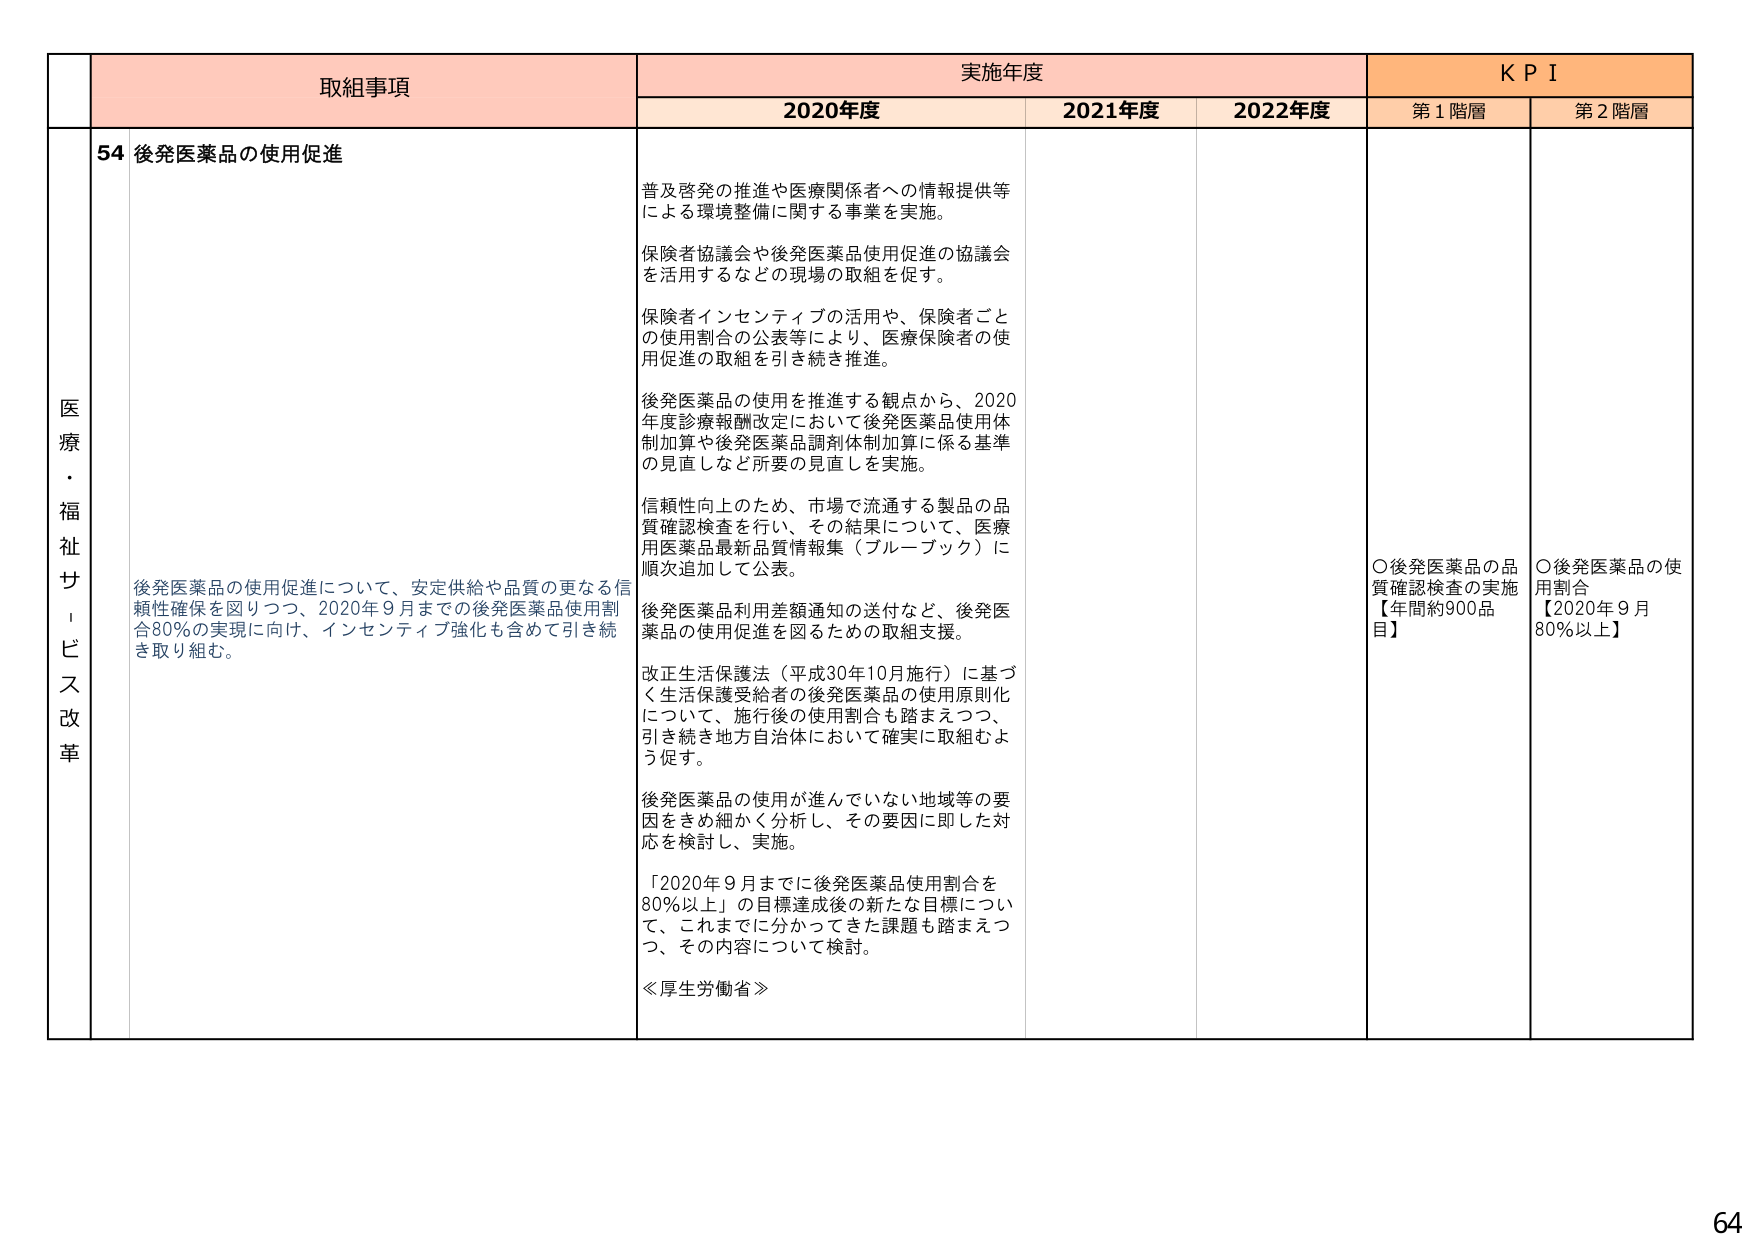
医療・福祉サービス改革

取組事項
54 後発医薬品の使用促進

後発医薬品の使用促進について、安定供給や品質の更なる信頼性確保を図りつつ、2020年9月までの後発医薬品使用割合80%の実現に向け、インセンティブ強化も含めて引き続き取り組む。

実施年度
2020年度
普及啓発の推進や医療関係者への情報提供等による環境整備に関する事業を実施。
保険者協議会や後発医薬品使用促進の協議会を活用するなどの現場の取組を促す。
保険者インセンティブの活用や、保険者ごとの使用割合の公表等により、医療保険者の使用促進の取組を引き続き推進。
後発医薬品の使用を推進する観点から、2020年度診療報酬改定において後発医薬品使用体制加算や後発医薬品調剤体制加算に係る基準の見直しなど所要の見直しを実施。
信頼性向上のため、市場で流通する製品の品質確認検査を行い、その結果について、医療用医薬品最新品質情報集（ブルーブック）に順次追加して公表。
後発医薬品利用差額通知の送付など、後発医薬品の使用促進を図るための取組支援。
改正生活保護法（平成30年10月施行）に基づく生活保護受給者の後発医薬品の使用原則化について、施行後の使用割合も踏まえつつ、引き続き地方自治体において確実に取組むよう促す。
後発医薬品の使用が進んでいない地域等の要因をきめ細かく分析し、その要因に即した対応を検討し、実施。
「2020年9月までに後発医薬品使用割合を80%以上」の目標達成後の新たな目標について、これまでに分かってきた課題も踏まえつつ、その内容について検討。
≪厚生労働省≫

2021年度

2022年度

KPI
第1階層
〇後発医薬品の品質確認検査の実施【年間約900品目】

第2階層
〇後発医薬品の使用割合【2020年9月80%以上】

64